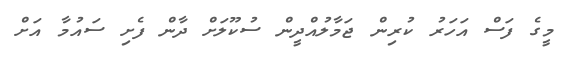
މީގެ ފަސް އަހަރު ކުރިން ޖަމާލުއްދީން ސުކޫލަށް ދާން ފެށި ސައުމާ އަށް